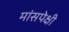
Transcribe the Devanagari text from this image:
मांसपेक्षी